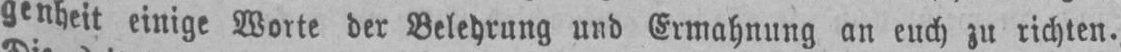
genheit einige Worte der Belehrung und Ermahnung an euch zu richten.